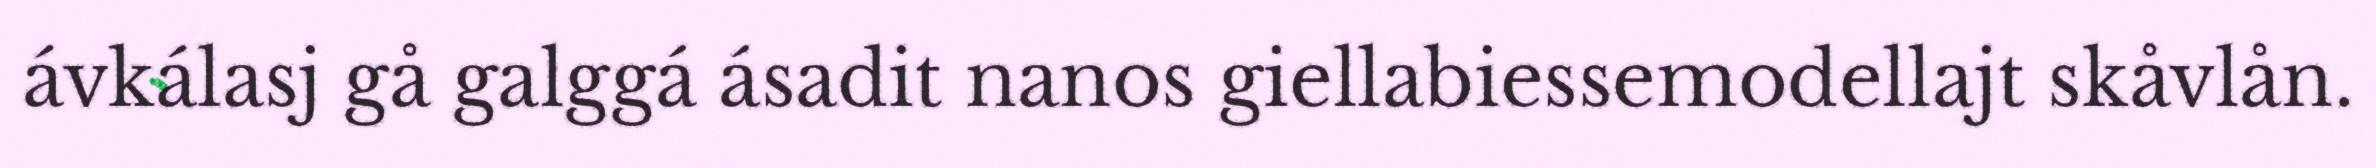
ávkálasj gå galggá ásadit nanos giellabiessemodellajt skåvlån.